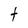
Character: t